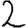
Digit: 2